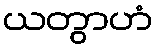
ယတွာဟံ